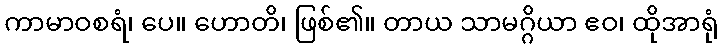
ကာမာဝစရံ၊ ပေ။ ဟောတိ၊ ဖြစ်၏။ တာယ သာမဂ္ဂိယာ ဧဝ၊ ထိုအာရုံ